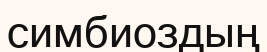
симбиоздың